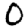
Digit: 0